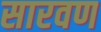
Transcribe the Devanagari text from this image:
सारवण